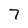
Character: 7